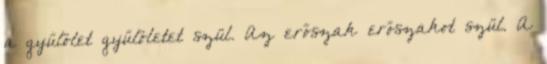
a gyűlölet gyűlöletet szül. Az erőszak erőszakot szül. A